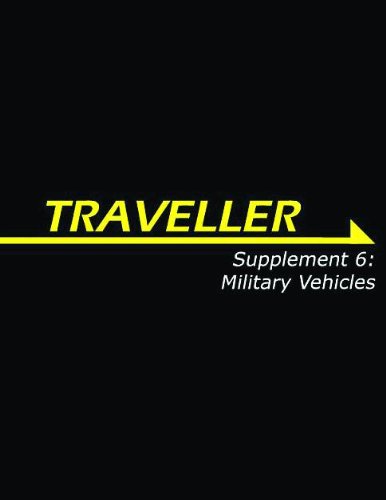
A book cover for Traveller Supplement 6: Military Vehicles (Traveller Sci-Fi Roleplaying); Simon Beal; Science Fiction & Fantasy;